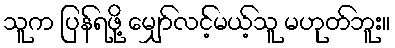
သူက ပြန်ရဖို့ မျှော်လင့်မယ့်သူ မဟုတ်ဘူး။